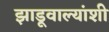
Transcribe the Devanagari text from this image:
झाडूवाल्यांशी